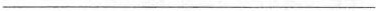
___